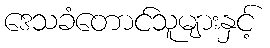
ဒေသခံတောင်သူများနှင့်